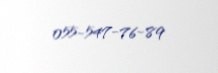
055-547-76-89